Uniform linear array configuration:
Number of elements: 4
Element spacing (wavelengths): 0.75
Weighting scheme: blackman
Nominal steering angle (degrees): -45
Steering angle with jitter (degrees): -44.437
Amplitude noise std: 0.05
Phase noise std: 0.05

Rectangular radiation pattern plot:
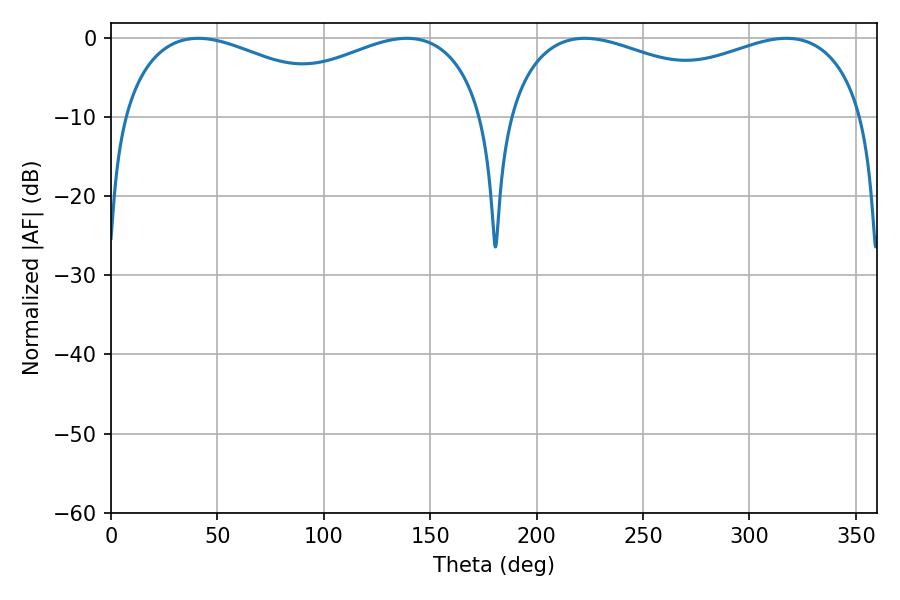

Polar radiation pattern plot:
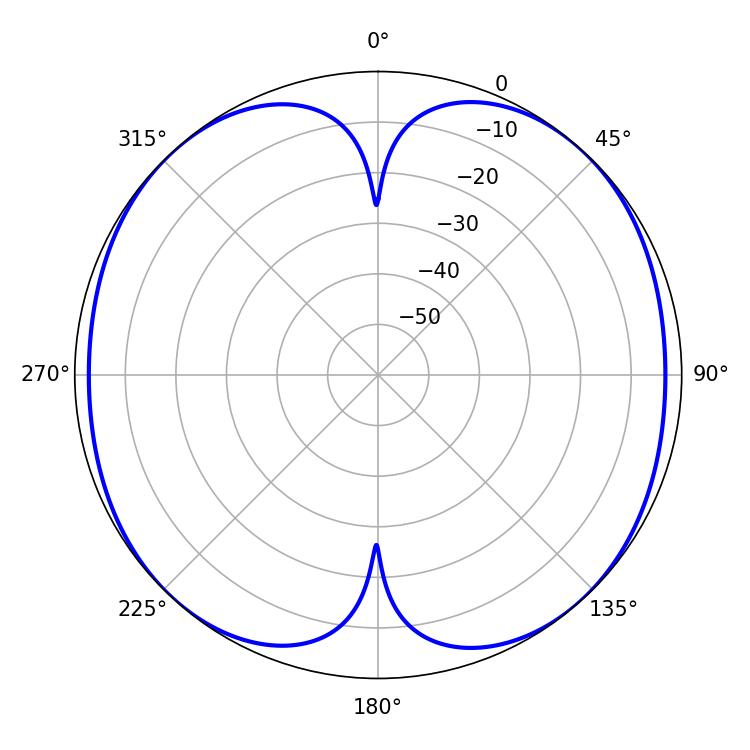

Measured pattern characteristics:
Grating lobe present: TRUE
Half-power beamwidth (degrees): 139.68
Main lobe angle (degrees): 222.66